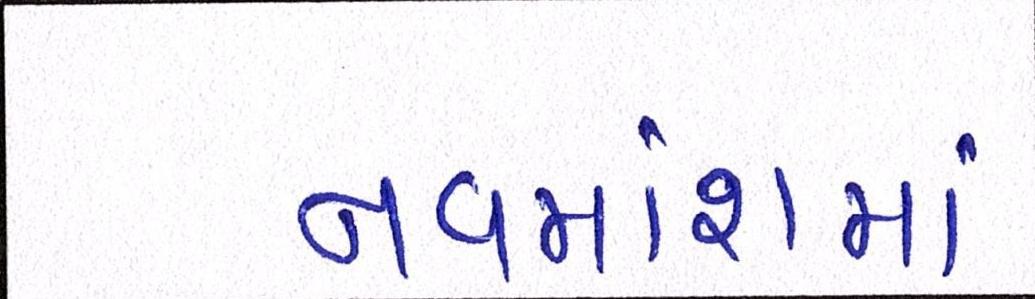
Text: નવમાંશમાં